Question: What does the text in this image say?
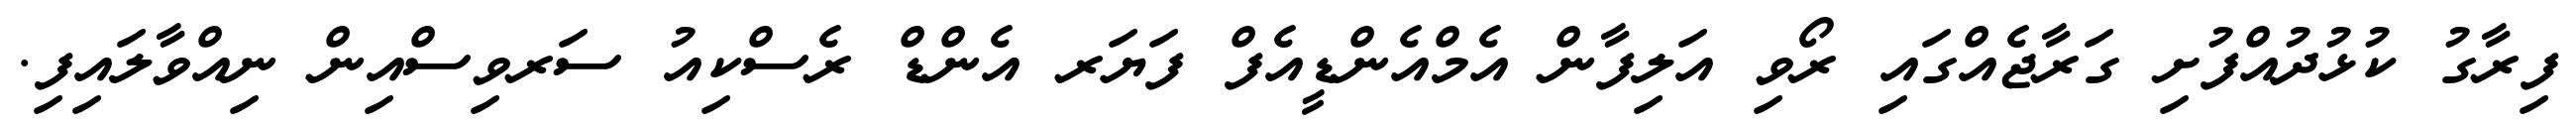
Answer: ފިރާގު ކުޅުދުއްފުށި ގަރާޖެއްގައި ރޯވި އަލިފާން އެމްއެންޑީއެފް ފަޔަރ އެންޑް ރެސްކިއު ސަރވިސްއިން ނިއްވާލައިފި.